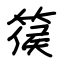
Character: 篌